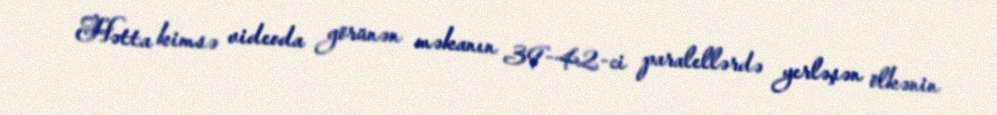
Hətta kimsə videoda görünən məkanın 39-42-ci paralellərdə yerləşən ölkənin